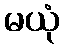
မယုံ